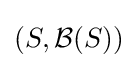
(S,{\mathcal {B}}(S))